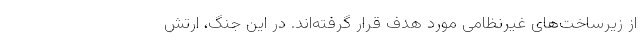
از زیرساخت‌های غیرنظامی مورد هدف قرار گرفته‌اند. در این جنگ، ارتش